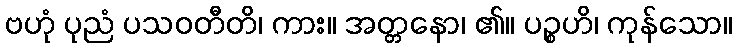
ဗဟုံ ပုညံ ပသဝတီတိ၊ ကား။ အတ္တနော၊ ၏။ ပဉ္စဟိ၊ ကုန်သော။